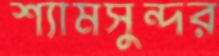
শ্যামসুন্দর